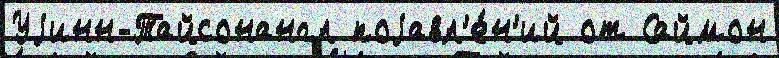
Уjинн-Тайсонангл поjавл'е́н'ий от Саймон